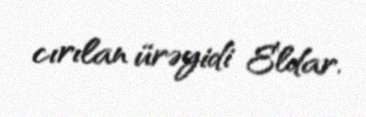
cırılan ürəyidi Eldar.